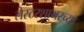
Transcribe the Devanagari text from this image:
लेस्टरशायरच्या